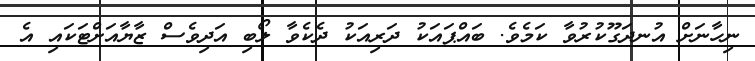
ނިހާނަށް އުނދަގޫކުރުވާ ކަމެވެ. ބައްޕައަކު ދަރިއަކު ދެކެވާ ލޯބި އަދިވެސް ޒާޔާއަށްޓަކައި އެ